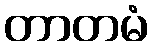
တာတမံ